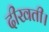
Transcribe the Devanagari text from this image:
दीखती।